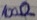
Text: 100Ω